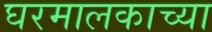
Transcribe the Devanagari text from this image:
घरमालकाच्या